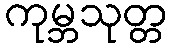
ကုမ္ဘသုတ္တ